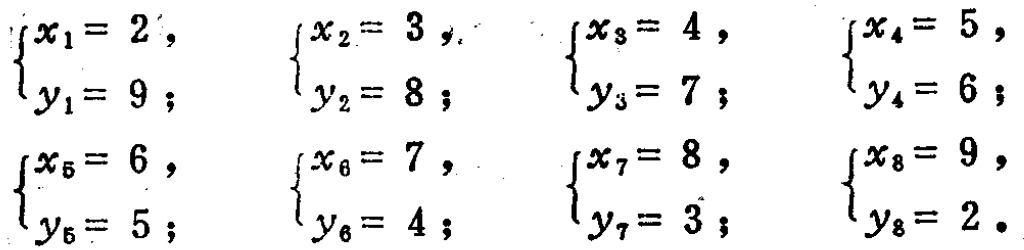
$\begin{cases}x_1 = 2, \\y_1 = 9;\end{cases} \quad \begin{cases}x_2 = 3, \\y_2 = 8;\end{cases} \quad \begin{cases}x_3 = 4, \\y_3 = 7;\end{cases} \quad \begin{cases}x_4 = 5, \\y_4 = 6;\end{cases} \\
\begin{cases}x_5 = 6, \\y_5 = 5;\end{cases} \quad \begin{cases}x_6 = 7, \\y_6 = 4;\end{cases} \quad \begin{cases}x_7 = 8, \\y_7 = 3;\end{cases} \quad \begin{cases}x_8 = 9, \\y_8 = 2.\end{cases}$